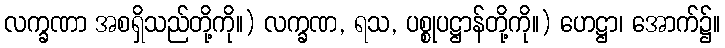
လက္ခဏာ အစရှိသည်တို့ကို။) လက္ခဏ, ရသ, ပစ္စုပဋ္ဌာန်တို့ကို။) ဟေဋ္ဌာ၊ အောက်၌။